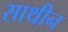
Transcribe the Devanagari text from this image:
साथीन